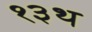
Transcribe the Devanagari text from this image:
१३थ